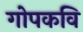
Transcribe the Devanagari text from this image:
गोपकवि